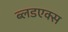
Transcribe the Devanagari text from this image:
ब्लडएक्स